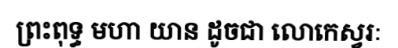
ព្រះពុទ្ធ មហា យាន ដូចជា លោកេស្វរៈ